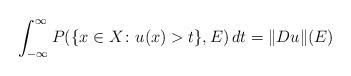
LaTeX: \begin{align*} \int_{-\infty}^\infty P(\{x\in X\colon u(x)>t\}, E)\, dt = \|Du\|(E)\end{align*}